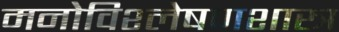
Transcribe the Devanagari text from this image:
मनोविश्लेषणशास्त्र